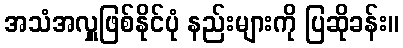
အသံအလှူဖြစ်နိုင်ပုံ နည်းများကို ပြဆိုခန်း။